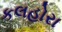
કલહોરા